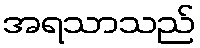
အရသာသည်